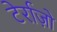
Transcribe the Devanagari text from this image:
टेर्राज़ो